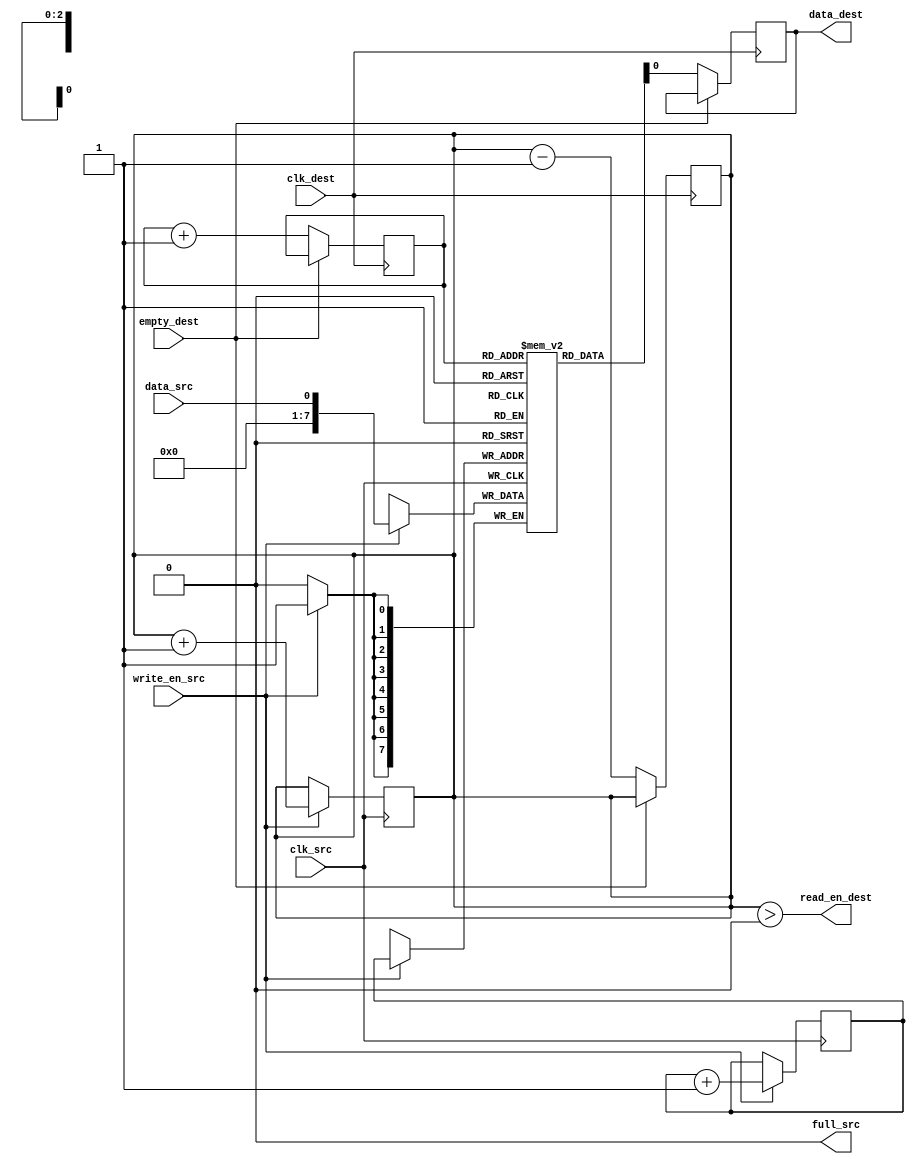
module asynchronous_fifo_synchronizer (
    input wire clk_src,
    input wire data_src,
    input wire write_en_src,
    output wire full_src,
    
    input wire clk_dest,
    output reg data_dest,
    output reg read_en_dest,
    input wire empty_dest
);

reg [7:0] fifo [0:7];
reg [2:0] rptr = 0;
reg [2:0] wptr = 0;
reg [2:0] count = 0;

always @(posedge clk_src) begin
    if (write_en_src && !full_src) begin
        fifo[wptr] <= data_src;
        wptr <= wptr + 1;
        count <= count + 1;
    end
end

always @(posedge clk_dest) begin
    if (!empty_dest) begin
        data_dest <= fifo[rptr];
        rptr <= rptr + 1;
        count <= count - 1;
    end
end

always @(count) begin
    full_src <= (count == 8);
    read_en_dest <= (count > 0);
end

endmodule